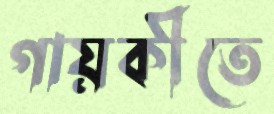
গায়কীতে